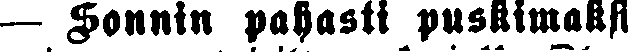
— Sonnin pahasti puskimaksi